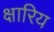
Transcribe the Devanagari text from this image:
क्षारिय